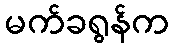
မက်ခရွန်က